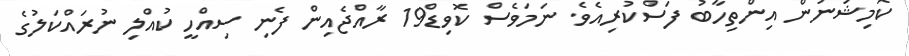
ކޮމިޝަނުން އިންތިހާބު ފަސްކުރިއެވެ. ނަމަވެސް ކޮވިޑް19 ރާއްޖެއިން ފެނި ސިއްހީ ކުއްލި ނުރައްކަލުގެ